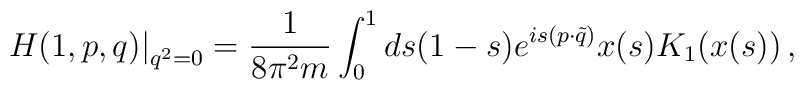
\left. H(1,p,q)\right|_{q^2 = 0}  = \frac{1}{8\pi^2 m}    \int_0^1 ds (1-s) e^{is (p\cdot \tilde{q})}    x(s) K_1(x(s))\, ,